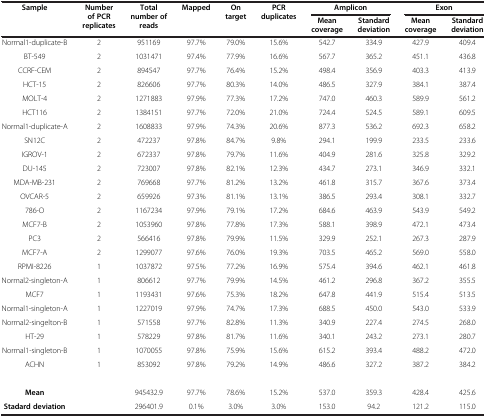
<table><thead><tr><td><b>Sample</b></td><td rowspan="2"><b>Number of PCR replicates</b></td><td rowspan="2"><b>Total number of reads</b></td><td rowspan="2"><b>Mapped</b></td><td rowspan="2"><b>On target</b></td><td rowspan="2"><b>PCR duplicates</b></td><td colspan="2"><b>Amplicon</b></td><td colspan="2"><b>Exon</b></td></tr><tr><td>[EMPTY_CELL]</td><td><b>Mean coverage</b></td><td><b>Standard deviation</b></td><td><b>Mean coverage</b></td><td><b>Standard deviation</b></td></tr></thead><tbody><tr><td>Normal1-duplicate-B</td><td>2</td><td>951169</td><td>97.7%</td><td>79.0%</td><td>15.6%</td><td>542.7</td><td>334.9</td><td>427.9</td><td>409.4</td></tr><tr><td>BT-549</td><td>2</td><td>1031471</td><td>97.4%</td><td>77.9%</td><td>16.6%</td><td>567.7</td><td>365.2</td><td>451.1</td><td>436.8</td></tr><tr><td>CCRF-CEM</td><td>2</td><td>894547</td><td>97.7%</td><td>76.4%</td><td>15.2%</td><td>498.4</td><td>356.9</td><td>403.3</td><td>413.9</td></tr><tr><td>HCT-15</td><td>2</td><td>826606</td><td>97.7%</td><td>80.3%</td><td>14.0%</td><td>486.5</td><td>327.9</td><td>384.1</td><td>387.4</td></tr><tr><td>MOLT-4</td><td>2</td><td>1271883</td><td>97.9%</td><td>77.3%</td><td>17.2%</td><td>747.0</td><td>460.3</td><td>589.9</td><td>561.2</td></tr><tr><td>HCT116</td><td>2</td><td>1384151</td><td>97.7%</td><td>72.0%</td><td>21.0%</td><td>724.4</td><td>524.5</td><td>589.1</td><td>609.5</td></tr><tr><td>Normal1-duplicate-A</td><td>2</td><td>1608833</td><td>97.9%</td><td>74.3%</td><td>20.6%</td><td>877.3</td><td>536.2</td><td>692.3</td><td>658.2</td></tr><tr><td>SN12C</td><td>2</td><td>472237</td><td>97.8%</td><td>84.7%</td><td>9.8%</td><td>294.1</td><td>199.9</td><td>233.5</td><td>233.6</td></tr><tr><td>IGROV-1</td><td>2</td><td>672337</td><td>97.8%</td><td>79.7%</td><td>11.6%</td><td>404.9</td><td>281.6</td><td>325.8</td><td>329.2</td></tr><tr><td>DU-145</td><td>2</td><td>723007</td><td>97.8%</td><td>82.1%</td><td>12.3%</td><td>434.7</td><td>273.1</td><td>346.9</td><td>332.1</td></tr><tr><td>MDA-MB-231</td><td>2</td><td>769668</td><td>97.7%</td><td>81.2%</td><td>13.2%</td><td>461.8</td><td>315.7</td><td>367.6</td><td>373.4</td></tr><tr><td>OVCAR-5</td><td>2</td><td>659926</td><td>97.3%</td><td>81.1%</td><td>13.1%</td><td>386.5</td><td>293.4</td><td>308.1</td><td>332.7</td></tr><tr><td>786-O</td><td>2</td><td>1167234</td><td>97.9%</td><td>79.1%</td><td>17.2%</td><td>684.6</td><td>463.9</td><td>543.9</td><td>549.2</td></tr><tr><td>MCF7-B</td><td>2</td><td>1053960</td><td>97.8%</td><td>77.8%</td><td>17.3%</td><td>588.1</td><td>398.9</td><td>472.1</td><td>473.4</td></tr><tr><td>PC3</td><td>2</td><td>566416</td><td>97.8%</td><td>79.9%</td><td>11.5%</td><td>329.9</td><td>252.1</td><td>267.3</td><td>287.9</td></tr><tr><td>MCF7-A</td><td>2</td><td>1299077</td><td>97.6%</td><td>76.0%</td><td>19.3%</td><td>703.5</td><td>465.2</td><td>569.0</td><td>558.0</td></tr><tr><td>RPMI-8226</td><td>1</td><td>1037872</td><td>97.5%</td><td>77.2%</td><td>16.9%</td><td>575.4</td><td>394.6</td><td>462.1</td><td>461.8</td></tr><tr><td>Normal2-singleton-A</td><td>1</td><td>806612</td><td>97.7%</td><td>79.9%</td><td>14.5%</td><td>461.2</td><td>296.8</td><td>367.2</td><td>355.5</td></tr><tr><td>MCF7</td><td>1</td><td>1193431</td><td>97.6%</td><td>75.3%</td><td>18.2%</td><td>647.8</td><td>441.9</td><td>515.4</td><td>513.5</td></tr><tr><td>Normal1-singleton-A</td><td>1</td><td>1227019</td><td>97.9%</td><td>74.7%</td><td>17.3%</td><td>688.5</td><td>450.0</td><td>543.0</td><td>533.9</td></tr><tr><td>Normal2-singelton-B</td><td>1</td><td>571558</td><td>97.7%</td><td>82.8%</td><td>11.3%</td><td>340.9</td><td>227.4</td><td>274.5</td><td>268.0</td></tr><tr><td>HT-29</td><td>1</td><td>578229</td><td>97.8%</td><td>81.7%</td><td>11.6%</td><td>340.1</td><td>243.2</td><td>273.1</td><td>280.7</td></tr><tr><td>Normal1-singleton-B</td><td>1</td><td>1070055</td><td>97.8%</td><td>75.9%</td><td>15.6%</td><td>615.2</td><td>393.4</td><td>488.2</td><td>472.0</td></tr><tr><td>ACHN</td><td>1</td><td>853092</td><td>97.8%</td><td>79.2%</td><td>14.9%</td><td>486.6</td><td>327.2</td><td>387.2</td><td>384.2</td></tr><tr><td>[EMPTY_CELL]</td><td>[EMPTY_CELL]</td><td>[EMPTY_CELL]</td><td>[EMPTY_CELL]</td><td>[EMPTY_CELL]</td><td>[EMPTY_CELL]</td><td>[EMPTY_CELL]</td><td>[EMPTY_CELL]</td><td>[EMPTY_CELL]</td><td>[EMPTY_CELL]</td></tr><tr><td><b>Mean</b></td><td>[EMPTY_CELL]</td><td>945432.9</td><td>97.7%</td><td>78.6%</td><td>15.2%</td><td>537.0</td><td>359.3</td><td>428.4</td><td>425.6</td></tr><tr><td><b>Stadard deviation</b></td><td>[EMPTY_CELL]</td><td>296401.9</td><td>0.1%</td><td>3.0%</td><td>3.0%</td><td>153.0</td><td>94.2</td><td>121.2</td><td>115.0</td></tr></tbody></table>